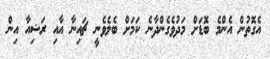
އެގޮތުން އެންމެ ބޮޑަށް މަދުވެގެންދާނެ ކަމަށް ބެލެވެނީ ޗައިނާ އާއި ރަޝިއާ އިން